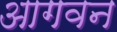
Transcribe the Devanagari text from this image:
आगवन